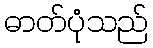
ဓာတ်ပုံသည်